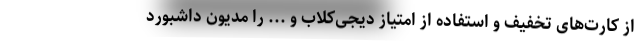
از کارت‌های تخفیف و استفاده از امتیاز دیجی‌کلاب و ... را مدیون داشبورد